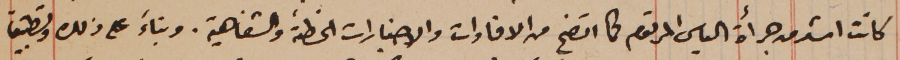
كانت اشد من جرأة الياس المرقوم كما اتضح من الافادات والاخبارات الخطىة والشفاهية. وبناءَ على ذلك وتطبيق